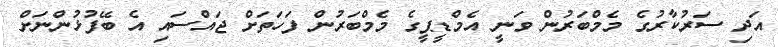
އަދި ސަރުކާރުގެ މެމްބަރުން ވަނީ އެމްޑީޕީގެ މެމްބަރުން ފަހަތަށް ޖައްސައި އެ ބޭފުޅުންނަށް